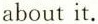
aboutit.